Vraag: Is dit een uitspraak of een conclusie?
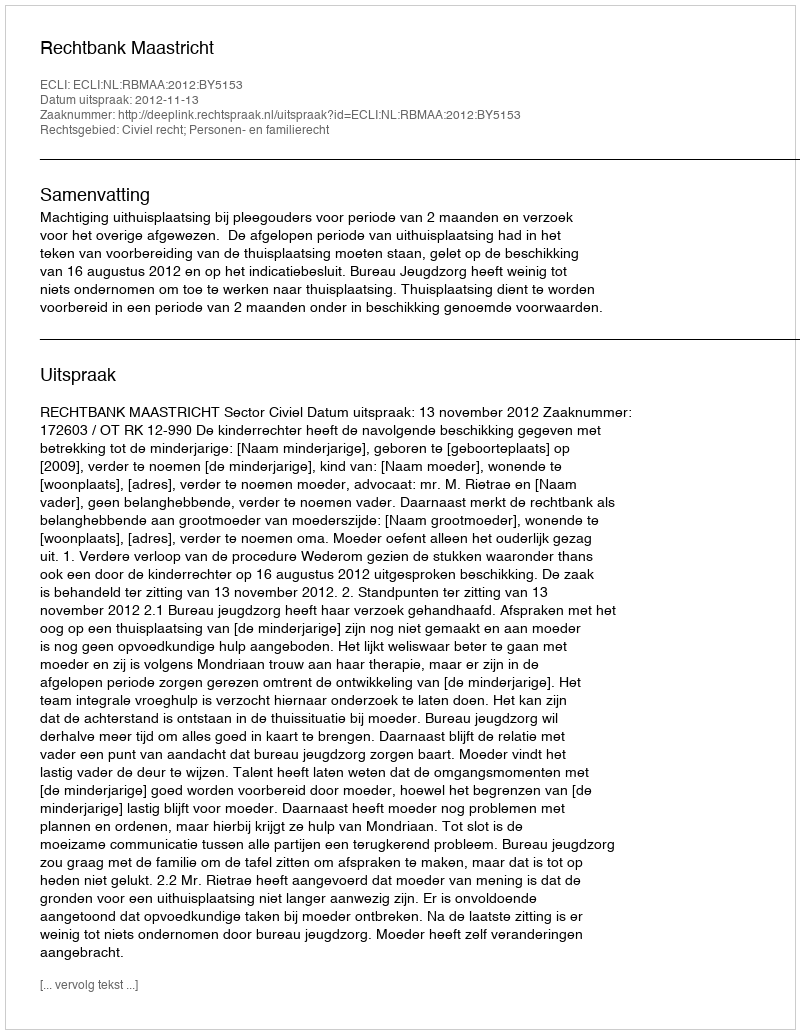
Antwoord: Uitspraak